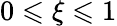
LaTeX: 0\leqslant\xi\leqslant 1